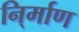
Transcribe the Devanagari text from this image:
नि्र्माण